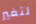
لتغير